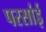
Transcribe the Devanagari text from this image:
परसांई